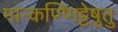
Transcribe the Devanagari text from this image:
मान्कण्णिट्टेषु़त्तु